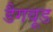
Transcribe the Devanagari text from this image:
डैगवूड